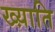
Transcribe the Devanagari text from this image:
ख्य़ाति